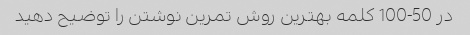
در 50-100 کلمه بهترین روش تمرین نوشتن را توضیح دهید